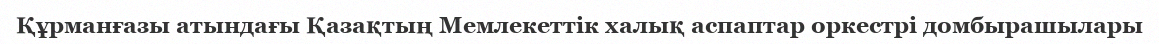
Құрманғазы атындағы Қазақтың Мемлекеттік халық аспаптар оркестрі домбырашылары